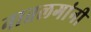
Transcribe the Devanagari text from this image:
नातलगांनी